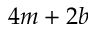
4 m + 2 b